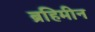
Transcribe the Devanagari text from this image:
ब्रहिमीन